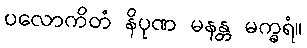
ပလောကိတံ နိပုဏ မနန္တ မက္ခရံ။